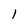
Character: l